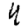
Digit: 4